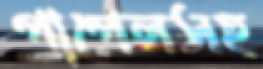
পাপেলসহ